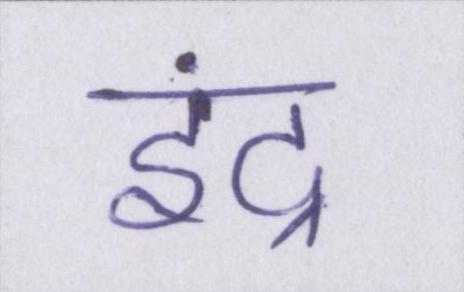
इंद्र